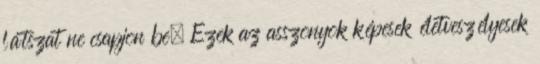
látszat ne csapjon be. Ezek az asszonyok képesek életveszélyesek